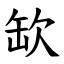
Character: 缼